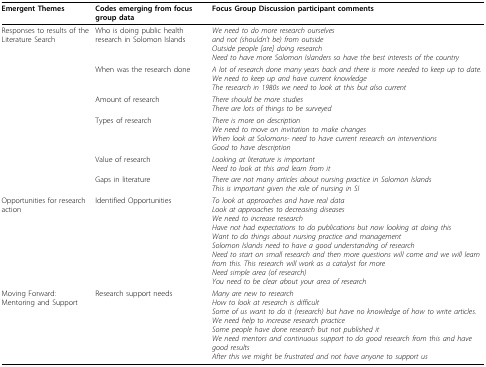
| Emergent Themes | Codes emerging from focus group data | Focus Group Discussion participant comments |
 | --- | --- | --- |
 | Responses to results of the Literature Search | Who is doing public health research in Solomon Islands | We need to do more research ourselvesand not (shouldn't be) from outsideOutside people [are] doing researchNeed to have more Solomon Islanders so have the best interests of the country |
 |  | When was the research done | A lot of research done many years back and there is more needed to keep up to date. We need to keep up and have current knowledgeThe research in 1980s we need to look at this but also current |
 |  | Amount of research | There should be more studiesThere are lots of things to be surveyed |
 |  | Types of research | There is more on descriptionWe need to move on invitation to make changesWhen look at Solomons- need to have current research on interventionsGood to have description |
 |  | Value of research | Looking at literature is importantNeed to look at this and learn from it |
 |  | Gaps in literature | There are not many articles about nursing practice in Solomon IslandsThis is important given the role of nursing in SI |
 | Opportunities for research action | Identified Opportunities | To look at approaches and have real dataLook at approaches to decreasing diseasesWe need to increase researchHave not had expectations to do publications but now looking at doing thisWant to do things about nursing practice and managementSolomon Islands need to have a good understanding of researchNeed to start on small research and then more questions will come and we will learn from this. This research will work as a catalyst for moreNeed simple area (of research)You need to be clear about your area of research |
 | Moving Forward: Mentoring and Support | Research support needs | Many are new to researchHow to look at research is difficultSome of us want to do it (research) but have no knowledge of how to write articles.We need help to increase research practiceSome people have done research but not published itWe need mentors and continuous support to do good research from this and have good resultsAfter this we might be frustrated and not have anyone to support us |